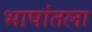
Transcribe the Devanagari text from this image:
भाषांतला